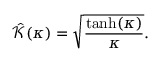
\hat { \mathcal { K } } ( \kappa ) = \sqrt { \frac { \operatorname { t a n h } ( \kappa ) } { \kappa } } .